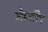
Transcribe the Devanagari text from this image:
मेटशीप